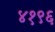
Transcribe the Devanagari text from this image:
४१९६